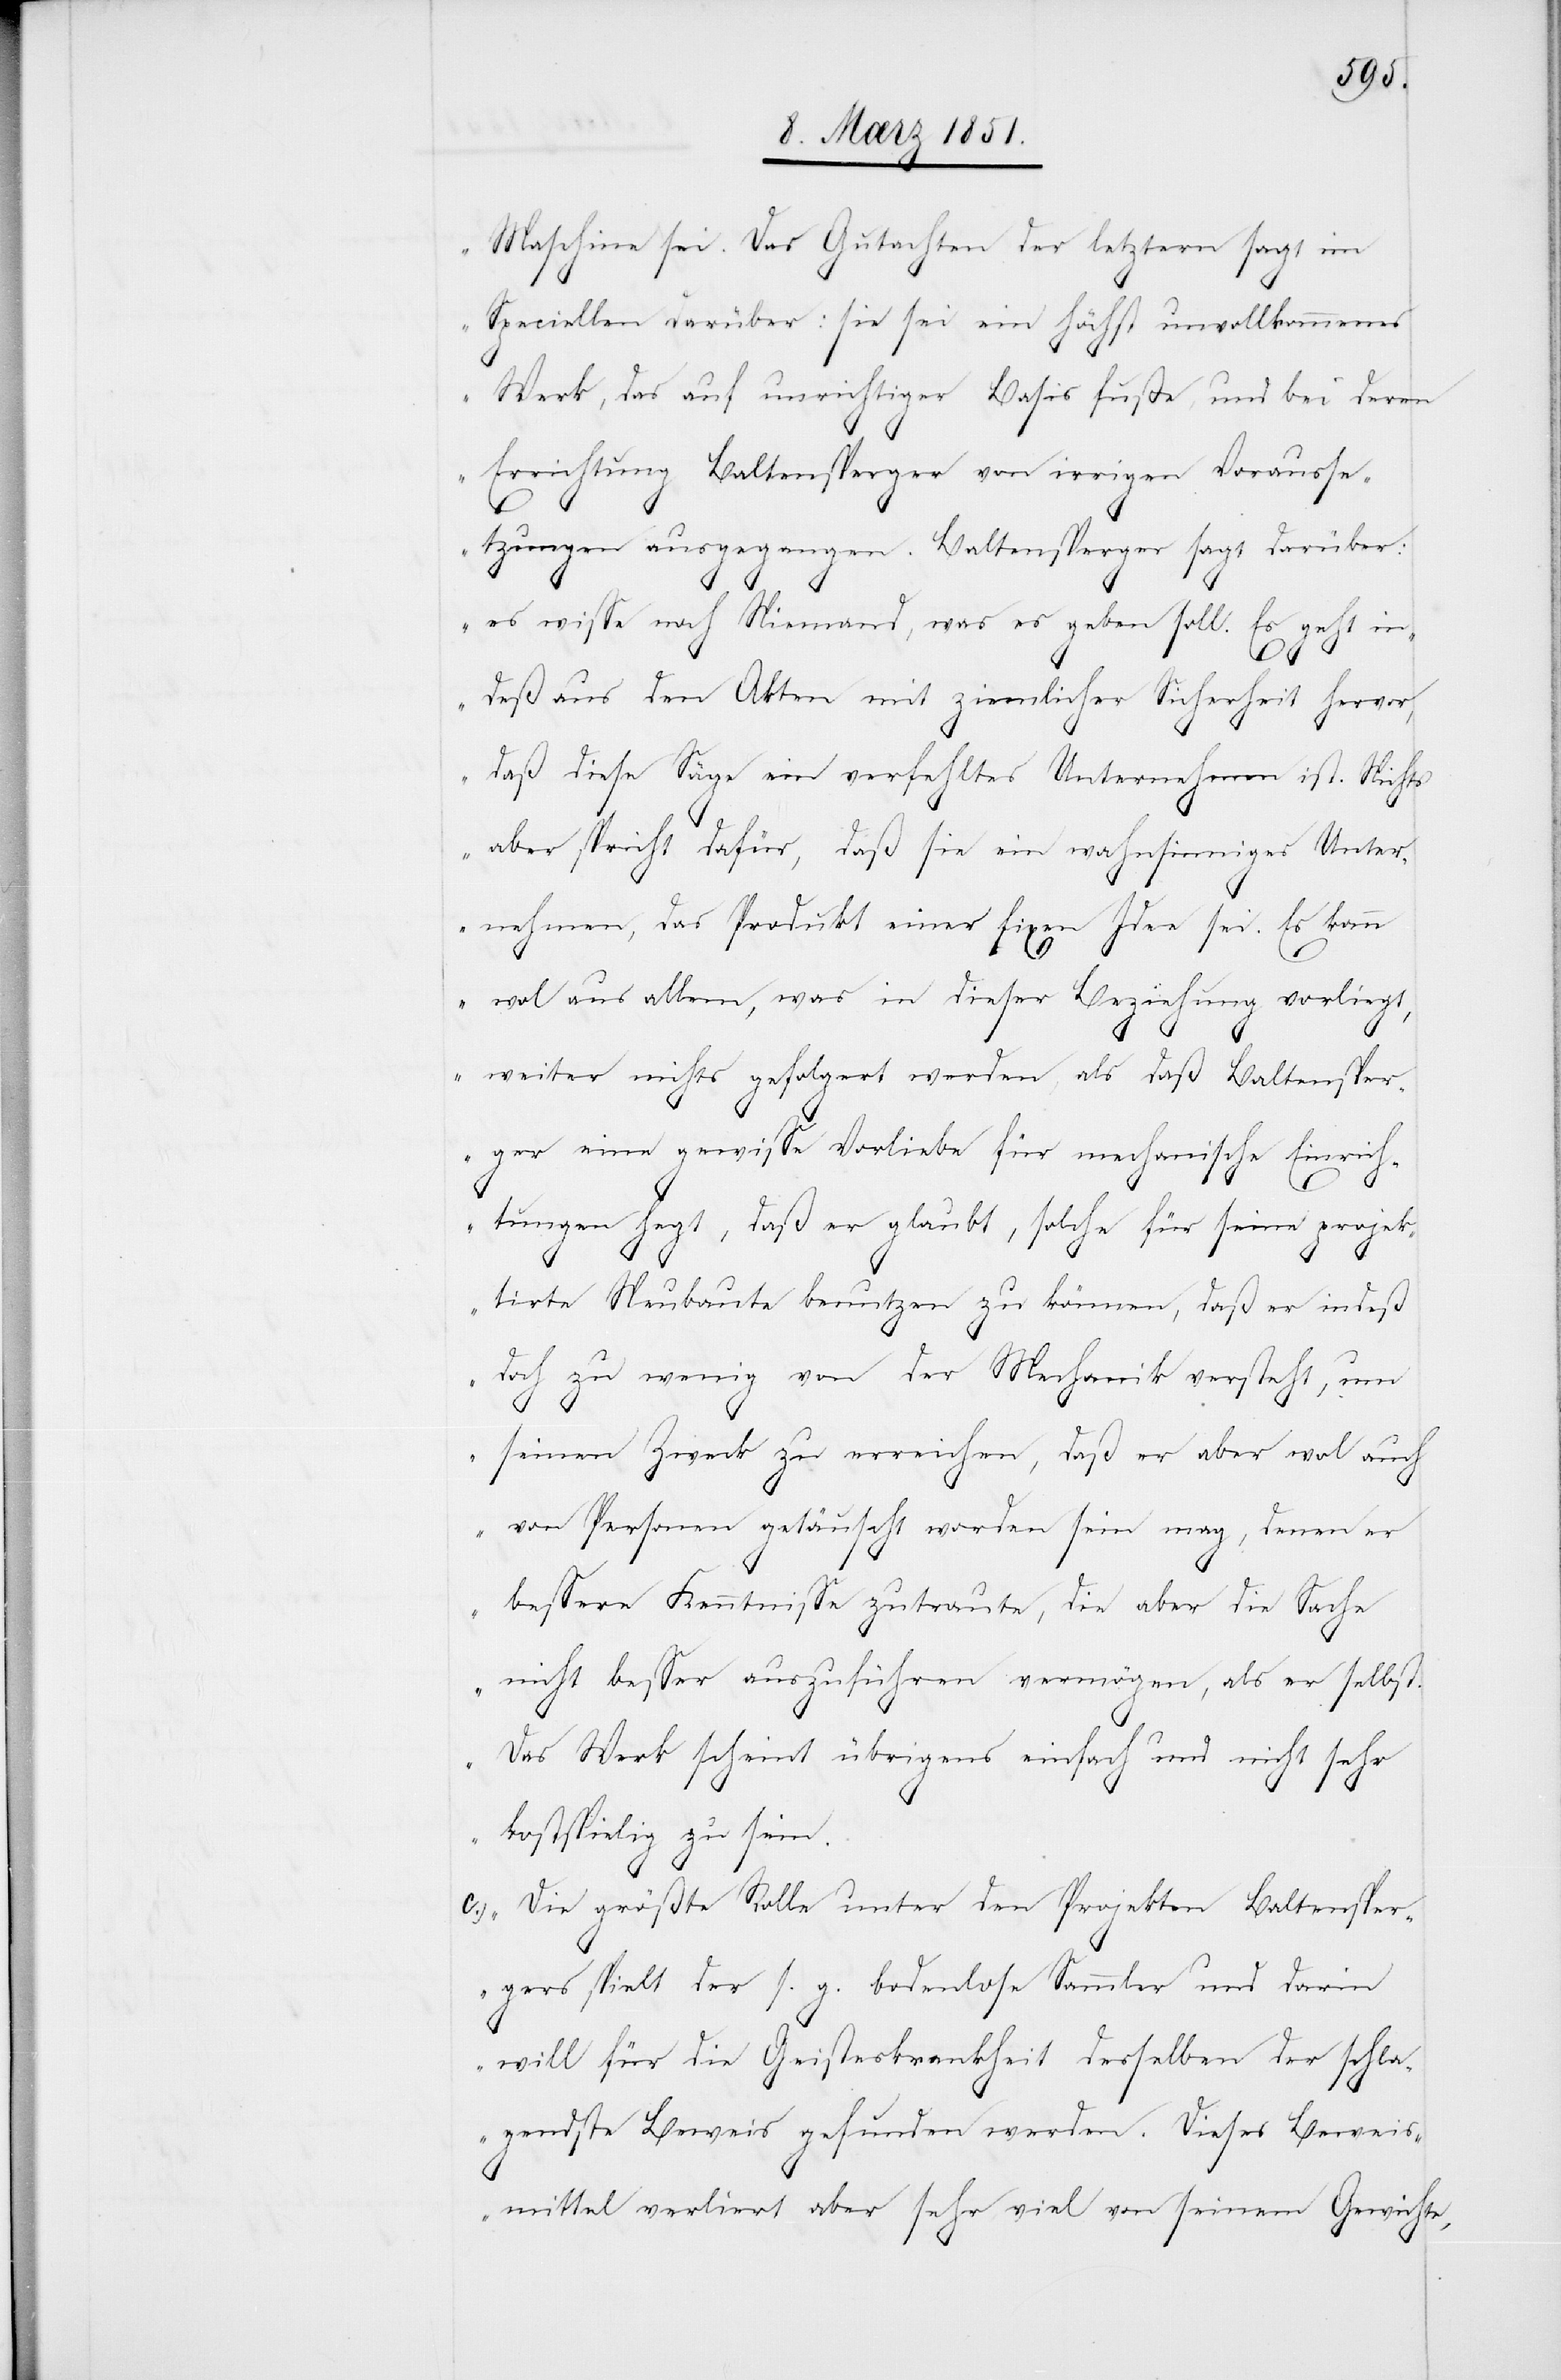
Maschine sei. Das Gutachten der letztern sagt im
Speciellen darüber: sie sei ein höchst unvollkommenes
Werk, das auf unrichtiger Basis fuße, und bei deren
Errichtung Baltensperger von irrigen Vorausse¬
tzungen ausgegangen. Baltensperger sagt darüber:
es wisse noch Niemand, was es geben soll. Es geht in¬
deß aus den Akten mit ziemlicher Sicherheit hervor,
daß diese Säge ein verfehltes Unternehmen ist. Nichts
aber spricht dafür, daß sie ein wahnsinniges Unter¬
nehmen, das Produkt einer fixen Idee sei. Es kann
wo[h]l aus allem, was in dieser Beziehung vorliegt,
weiter nichts gefolgert werden, als daß Baltensper¬
ger eine gewisse Vorliebe für mechanische Einrich¬
tungen hegt, daß er glaubt, solche für seine projek¬
tirte Neubaute benutzen zu können, daß er indeß
doch zu wenig von der Mechanik versteht, um
seinen Zweck zu erreichen, daß er aber wo[h]l auch
von Personen getäuscht worden sein mag, denen er
bessere Kenntnisse zutraute, die aber die Sache
nicht besser auszuführen vermögen, als er selbst.
Das Werk scheint übrigens einfach und nicht sehr
kostspielig zu sein.
Die größte Rolle unter den Projekten Baltensper¬
gers spielt der s. g. bodenlose Sammler und darin
will für die Geisteskrankheit desselben der schla¬
gendste Beweis gefunden werden. Dieses Beweis¬
mittel verliert aber sehr viel von seinem Gewichte,